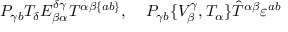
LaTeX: { \cal P } _ { \gamma b } T _ { \delta } E _ { \beta \alpha } ^ { \delta \gamma } T ^ { \alpha \beta \{ a b \} } , \; \; \; \; { \cal P } _ { \gamma b } \{ V _ { \beta } ^ { \gamma } , T _ { \alpha } \} \hat { T } ^ { \alpha \beta } \varepsilon ^ { a b }